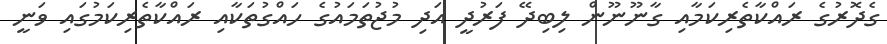
ގެދޮރުގެ ރައްކާތެރިކަމާއި ގާނޫނޫން ލިބިދޭ ފަރުދީ އަދި މުޖުތަމައުގެ ހައްގުތަކާއި ރައްކާތެރިކަމުގައި ވަނީ